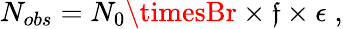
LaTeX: N_{obs}=N_{0}\timesBr\times\mathfrak{f}\times\epsilon\; ,